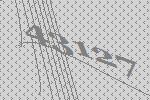
43127